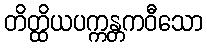
တိတ္ထိယပက္ကန္တကဝီသော